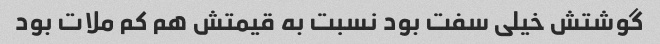
گوشتش خیلی سفت بود نسبت به قیمتش هم کم ملات بود